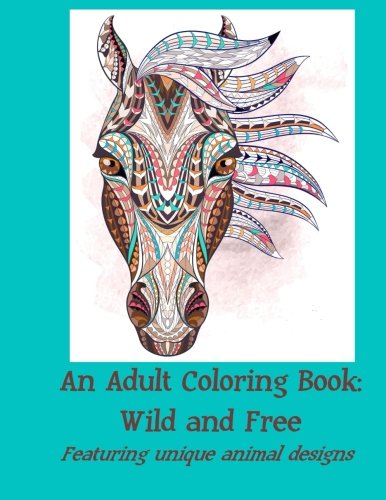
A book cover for An Adult Coloring Book: Wild and Free: Featuring unique animal designs; Coloring Book Illustrators; Humor & Entertainment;